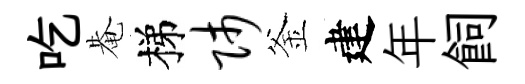
吃𤲅梯师釜建年飼